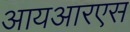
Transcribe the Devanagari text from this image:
आयआरएस